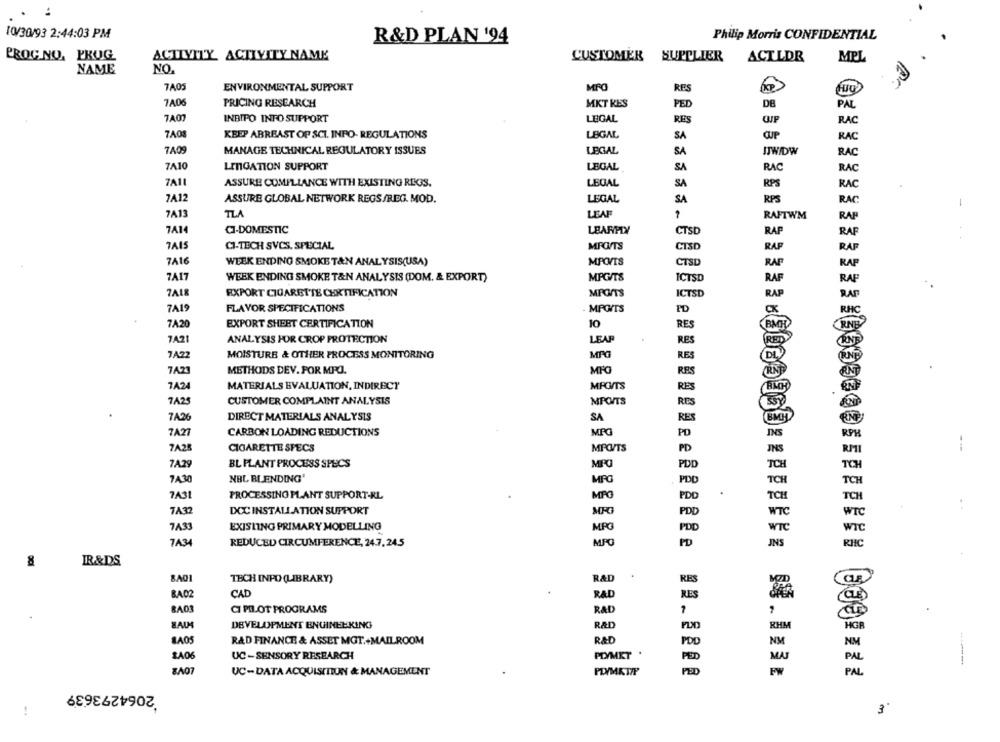
10/30/93 2:44:03 PM
Philip Morris CONFIDENTIAL
R&D PLAN '94
PROGNO, PKUG
ACTIVITY ACTIVITY NAME
CUSTOMER SUPPLIER
ACTLDR
MPL
NAME
NO.
TA05
ENVIRONMENTAL SUPPORT
MRO
RES
7A06
PRICING RESEARCH
MKT KES
De
PAL
PED
7A07
INBIPO INFO SUPPORT
LEGAL
RES
RAC
7A03
KEEP ABREAST OF SCI. INPO- REGULATIONS
LEGAL
SA
RAC
7409
MANAGE TECHNICAL REGULATORY ISSUES
LEGAL
SA
JJWIDW
RAC
7A10
LINGATION SUPPORT
LEGAL
SA
RAC
RAC
7A11
ASSURE COMPLIANCE WITH EXISTING REGS.
LEGAL
SA
RPS
RAC
7A12
ASSURE GLOBAL NETWORK REGS /REG. MOD.
LEGAL
SA
RPS
RAC
7A13
TLA
LEAF
RAFTWM
RAP
7A14
CI-DOMESTIC
LEARMIY
CTSD
RAF
RAF
7A15
CI-TECH SVCS. SPECIAL
MPO/TS
CTSD
RAP
RAP
7416
WEEK ENDING SMOKE T&N ANALYSIS(USA)
MPO/TS
CTSD
RAP
RAP
7A17
WEEK ENDING SMOKE T&N ANALYSIS (DOM, & EXPORT)
MPG/TS
ICTSD
RAF
RAF
7A18
EXPORT CIGARETTE CERTIFICATION
MPONTS
ICTSD
RAP
RAF
TA19
FLAVOR SPECIFICATIONS
MPGITS
PD
RAC
7A20
EXPORT SHEET CERTIFICATION
10
RES
RNE
7A21
ANALYSIS FOR CROP PROTECTION
LEAP
RES
7A22
MOISTURE & OTHER PROCESS MONITORING
MPG
RES
7A23
METHODS DEV. FOR MRO.
MPO
RES
7A24
MATERIALS EVALUATION, INDIRECT
MPO/TS
RES
CUSTOMER COMPLAINT ANALYSIS
MPOITS
7A25
RES
DIRECT MATERIALS ANALYSIS
7A26
SA
RES
7A27
CARBON LOADING REDUCTIONS
MPG
PD
7A2
CIGARETTE SPECS
MPO/TS
PD
7A29
BL PLANT PROCESS SPECS
MIRO
PD
7430
NBL BLENDING'
PDD
7A31
PROCESSING PLANT SUPPORT-RL
PDD
MPO
7432
DCC INSTALLATION SUPPORT
PDD
7433
EXISTING PRIMARY MODELLING
MPO
POD
WTC
7A34
REDUCED CIRCUMFERENCE, 24.7. 24.5
MPO
PD
JNS
RHIC
8
R&DS
BAGI
TECH INPO (LIBRARY)
R&D
RES
CAD
BA02
RAD
RES
CI PILOT PROGRAMS
BAD3
RAD
DEVELOPMENT ENGINEERING
R&D
RHM
LAOS
R&D FINANCE & ASSET MGT.+MAILROOM
RAD
POD
NEM
LA06
UC -SENSORY RESEARCH
PDYMET .
MA
PAL
&A07
UC-DATA ACQUISITIUN & MANAGEMENT
PD/MKTIP
FW
331333.000 ======== M.132
PAL
2064293639
3